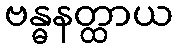
ဗန္ဓနတ္ထာယ